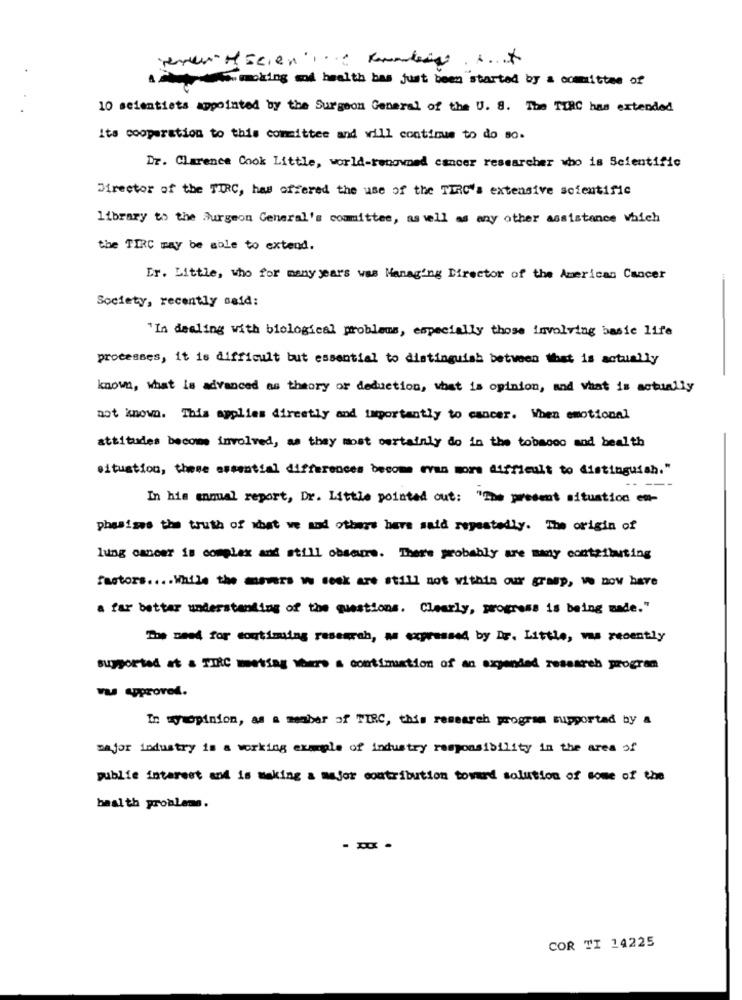
A sorpresamaking of health bas just been started by a committee of
10 seientiets appointed by the Surgeon General of the U. S. The TERC has extended
its cooperation to this committee and will continue to do so.
Dr. Clarence Cook Little, world-renowned cancer researcher who is Scientific
Director of the TIRC, has offered the use of the TIRC's extensive scientific
library to the Surgeon General's committee, as well as any other assistance which
the TIRC way be able to extend.
Dr. Little, who for manyyears was Managing Director of the American Cancer
Society, recently said:
"In dealing with biological problems, especially those involving basic life
processes, it is difficult but essential to distinguish between what is actually
known, what is advanced as theory or deduction, what is opinion, and what is actually
not known. This applies directly and importantly to cancer. When emotional
attitudes become involved, as they most certainly do in the tobacco and health
situation, these essential differences become even more difficult to distinguish."
In his annual report, Dr. Little pointed out: "The present situation em-
phasises the truth of what we and others here said repeatedly. The origin of
lung cancer is complex and still obscure. There probably are many contributing
factors .... While the murs w seek are still not within our grasp, ve now have
a far better understanding of the questions. Clearly, progress is being made."
The need for toutimging research, as expressed by Dr. Little, was recently
supported at & TIRC metsag where a continuation of an expended research program
was Approved.
In myopinion, as a member of TIRC, this research program supported by a
major industry is a working example of industry responsibility in the area of
public interest and is making a major contribution toward solution of some of the
baal th problems.
COR TI 14225